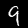
Digit: 9